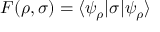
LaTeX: F ( \rho , \sigma ) = \langle \psi _ { \rho } | \sigma | \psi _ { \rho } \rangle